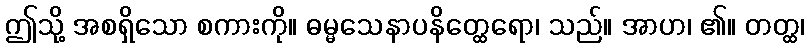
ဤသို့ အစရှိသော စကားကို။ ဓမ္မသေနာပနိတ္ထေရော၊ သည်။ အာဟ၊ ၏။ တတ္ထ၊